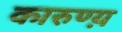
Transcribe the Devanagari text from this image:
कारुण्य़